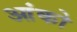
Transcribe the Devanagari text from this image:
आंको